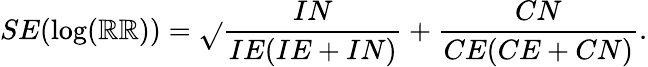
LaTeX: SE(\log(\mathbb{R}\mathbb{R}))={\sqrt{}{{{\frac{{IN}}{{IE(IE+IN)}}}+{\frac{{CN}}{{CE(CE+CN)}}}}}}.